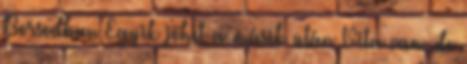
Borsodban Egyik jöhet a másik után Vita van, de